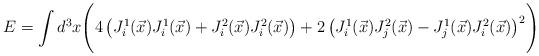
LaTeX: \begin{align*}E=\int d^3x\Biggl(4\left(J^1_i(\vec x)J^1_i(\vec x)+J^2_i(\vec x)J^2_i(\vec x)\right)+2\left(J^1_i(\vec x)J^2_j(\vec x)-J^1_j(\vec x)J^2_i(\vec x)\right)^2\Biggr)\end{align*}